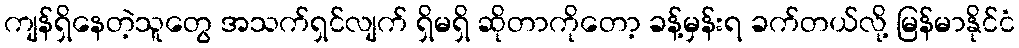
ကျန်ရှိနေတဲ့သူတွေ အသက်ရှင်လျက် ရှိမရှိ ဆိုတာကိုတော့ ခန့်မှန်းရ ခက်တယ်လို့ မြန်မာနိုင်ငံ